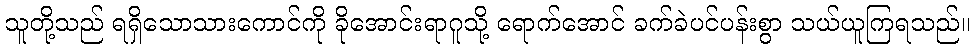
သူတို့သည် ရရှိသောသားကောင်ကို ခိုအောင်းရာဂူသို့ ရောက်အောင် ခက်ခဲပင်ပန်းစွာ သယ်ယူကြရသည်။